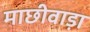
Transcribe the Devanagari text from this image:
माछीवाड़ा